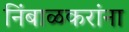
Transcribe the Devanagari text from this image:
निंबाळकरांना